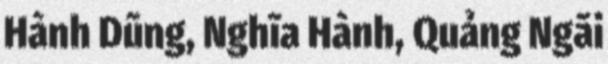
Hành Dũng, Nghĩa Hành, Quảng Ngãi